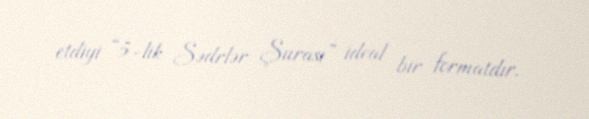
etdiyi “5-lik Sədrlər Şurası” ideal bir formatdır.